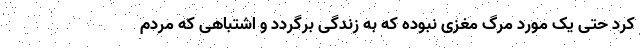
کرد حتی یک مورد مرگ مغزی نبوده که به زندگی برگردد و اشتباهی که مردم